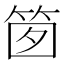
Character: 䇱